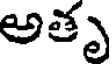
అతృ